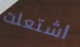
اشتعلت